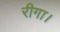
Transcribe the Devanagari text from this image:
रीगा।